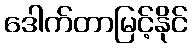
ဒေါက်တာမြင့်နိုင်